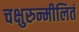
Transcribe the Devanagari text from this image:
चक्षुरुन्मीलितं